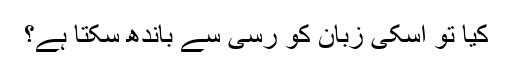
کیا تو اسکی زبان کو رسی سے باندھ سکتا ہے؟